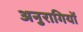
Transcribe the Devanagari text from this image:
अनुरागियों